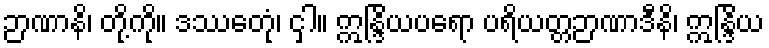
ဉာဏာနိ၊ တို့ကို။ ဒဿေတုံ၊ ငှါ။ ဣန္ဒြိယပရော ပရိယတ္တဉာဏာဒီနိ၊ ဣန္ဒြိယ